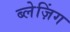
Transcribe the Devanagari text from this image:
ब्लेज़िंग